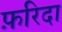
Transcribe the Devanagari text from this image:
फ़रिदा